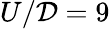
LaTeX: U/\mathcal{D}=9